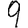
Digit: 9